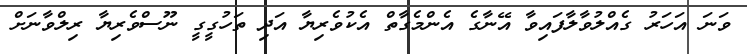
ވަނަ އަހަރު ގެއްލުވާލާފައިވާ އޭނާގެ އެންމެގާތް އެކުވެރިޔާ އަދި ތަހުގީގީ ނޫސްވެރިޔާ ރިލްވާނަށް